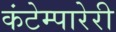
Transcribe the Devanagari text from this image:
कंटेम्पारेरी